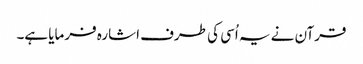
قرآن نے یہ اُسی کی طرف اشارہ فرمایا ہے۔